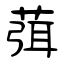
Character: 葞